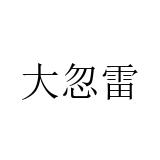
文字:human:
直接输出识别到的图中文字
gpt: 大忽雷